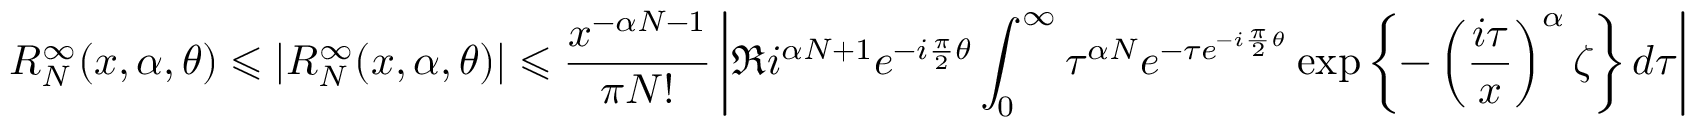
R _ { N } ^ { \infty } ( x , \alpha , \theta ) \leqslant | R _ { N } ^ { \infty } ( x , \alpha , \theta ) | \leqslant \frac { x ^ { - \alpha N - 1 } } { \pi N ! } \left| \Re i ^ { \alpha N + 1 } e ^ { - i \frac { \pi } { 2 } \theta } \int _ { 0 } ^ { \infty } \tau ^ { \alpha N } e ^ { - \tau e ^ { - i \frac { \pi } { 2 } \theta } } \exp \left\{ - \left( \frac { i \tau } { x } \right) ^ { \alpha } \zeta \right\} d \tau \right|